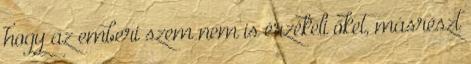
hogy az emberi szem nem is érzékeli őket, másrészt